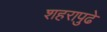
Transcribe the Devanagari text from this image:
शहरापुढे